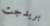
بريدجت